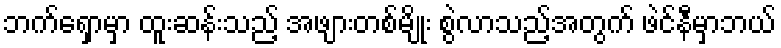
ဘက်ရှောမှာ ထူးဆန်းသည့် အဖျားတစ်မျိုး စွဲလာသည့်အတွက် ဖဲင်နီမှာဘယ်